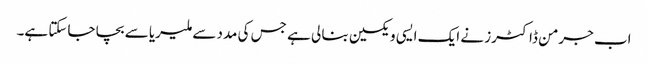
اب جرمن ڈاکٹرز نے ایک ایسی ویکسین بنا لی ہے جس کی مدد سے ملیریا سے بچا جاسکتا ہے۔